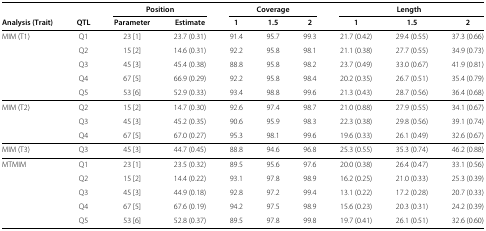
<table><thead><tr><td><b> </b></td><td><b> </b></td><td><b> </b></td><td><b>Position</b></td><td><b> </b></td><td><b> </b></td><td><b>Coverage</b></td><td><b> </b></td><td><b>Length</b></td><td><b> </b></td></tr></thead><tbody><tr><td><b>Analysis (Trait)</b></td><td><b>QTL</b></td><td><b>Parameter</b></td><td><b>Estimate</b></td><td><b>1</b></td><td><b>1.5</b></td><td><b>2</b></td><td><b>1</b></td><td><b>1.5</b></td><td><b>2</b></td></tr><tr><td>MIM (T1)</td><td>Q1</td><td>23 [1]</td><td>23.7 (0.31)</td><td>91.4</td><td>95.7</td><td>99.3</td><td>21.7 (0.42)</td><td>29.4 (0.55)</td><td>37.3 (0.66)</td></tr><tr><td> </td><td>Q2</td><td>15 [2]</td><td>14.6 (0.31)</td><td>92.2</td><td>95.8</td><td>98.1</td><td>21.1 (0.38)</td><td>27.7 (0.55)</td><td>34.9 (0.73)</td></tr><tr><td> </td><td>Q3</td><td>45 [3]</td><td>45.4 (0.38)</td><td>88.8</td><td>95.8</td><td>98.2</td><td>23.7 (0.49)</td><td>33.0 (0.67)</td><td>41.9 (0.81)</td></tr><tr><td> </td><td>Q4</td><td>67 [5]</td><td>66.9 (0.29)</td><td>92.2</td><td>95.8</td><td>98.4</td><td>20.2 (0.35)</td><td>26.7 (0.51)</td><td>35.4 (0.79)</td></tr><tr><td> </td><td>Q5</td><td>53 [6]</td><td>52.9 (0.33)</td><td>93.4</td><td>98.8</td><td>99.6</td><td>21.3 (0.43)</td><td>28.7 (0.56)</td><td>36.4 (0.68)</td></tr><tr><td>MIM (T2)</td><td>Q2</td><td>15 [2]</td><td>14.7 (0.30)</td><td>92.6</td><td>97.4</td><td>98.7</td><td>21.0 (0.88)</td><td>27.9 (0.55)</td><td>34.1 (0.67)</td></tr><tr><td> </td><td>Q3</td><td>45 [3]</td><td>45.2 (0.35)</td><td>90.6</td><td>95.9</td><td>98.3</td><td>22.3 (0.38)</td><td>29.8 (0.56)</td><td>39.1 (0.74)</td></tr><tr><td> </td><td>Q4</td><td>67 [5]</td><td>67.0 (0.27)</td><td>95.3</td><td>98.1</td><td>99.6</td><td>19.6 (0.33)</td><td>26.1 (0.49)</td><td>32.6 (0.67)</td></tr><tr><td>MIM (T3)</td><td>Q3</td><td>45 [3]</td><td>44.7 (0.45)</td><td>88.8</td><td>94.6</td><td>96.8</td><td>25.3 (0.55)</td><td>35.3 (0.74)</td><td>46.2 (0.88)</td></tr><tr><td>MTMIM</td><td>Q1</td><td>23 [1]</td><td>23.5 (0.32)</td><td>89.5</td><td>95.6</td><td>97.6</td><td>20.0 (0.38)</td><td>26.4 (0.47)</td><td>33.1 (0.56)</td></tr><tr><td> </td><td>Q2</td><td>15 [2]</td><td>14.4 (0.22)</td><td>93.1</td><td>97.8</td><td>98.9</td><td>16.2 (0.25)</td><td>21.0 (0.33)</td><td>25.3 (0.39)</td></tr><tr><td> </td><td>Q3</td><td>45 [3]</td><td>44.9 (0.18)</td><td>92.8</td><td>97.2</td><td>99.4</td><td>13.1 (0.22)</td><td>17.2 (0.28)</td><td>20.7 (0.33)</td></tr><tr><td> </td><td>Q4</td><td>67 [5]</td><td>67.6 (0.19)</td><td>94.2</td><td>97.5</td><td>98.9</td><td>15.6 (0.23)</td><td>20.3 (0.31)</td><td>24.2 (0.39)</td></tr><tr><td> </td><td>Q5</td><td>53 [6]</td><td>52.8 (0.37)</td><td>89.5</td><td>97.8</td><td>99.8</td><td>19.7 (0.41)</td><td>26.1 (0.51)</td><td>32.6 (0.60)</td></tr></tbody></table>